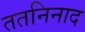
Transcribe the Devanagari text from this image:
ततनिनाद